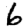
Digit: 6